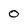
Character: o